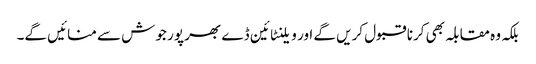
بلکہ وہ مقابلہ بھی کرنا قبول کریں گے اور ویلنٹائین ڈے بھر پور جوش سے منائیں گے۔